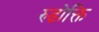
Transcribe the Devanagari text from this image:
रुढोक्ति